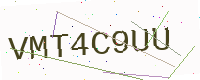
Text: VMT4C9UU